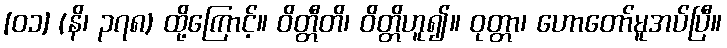
[၀၁] (နိ၊ ၃၇၈) ထို့ကြောင့်။ ဝိတ္တီတိ၊ ဝိတ္တိဟူ၍။ ဝုတ္တာ၊ ဟောတော်မူအပ်ပြီ။